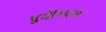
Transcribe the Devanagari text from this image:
बुद्धिवादके